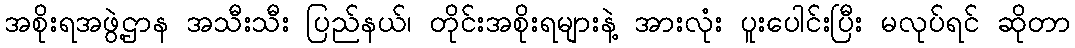
အစိုးရအဖွဲ့ဌာန အသီးသီး ပြည်နယ်၊ တိုင်းအစိုးရများနဲ့ အားလုံး ပူးပေါင်းပြီး မလုပ်ရင် ဆိုတာ